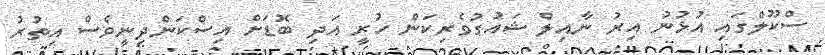
ސްކޫލްގައި އުޅުނު އިރު ނާއިލް ޝައުގުވެރިކަން ހުރީ އަދި ބޮޑަށް އިސްކަންދިނީވެސް އިތުރު